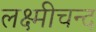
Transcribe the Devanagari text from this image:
लक्ष्मीचन्द